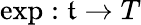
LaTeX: \exp:{\mathfrak{t}}\to T